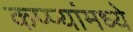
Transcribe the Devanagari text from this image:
कप्प्यांमध्ये